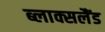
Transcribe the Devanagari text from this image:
ब्लाक्सलैंड